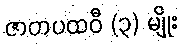
ဇာတပထဝီ (၃) မျိုး